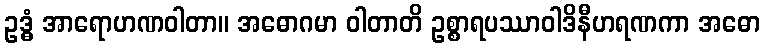
ဥဒ္ဓံ အာရောဟဏဝါတာ။ အဓောဂမာ ဝါတာတိ ဥစ္စာရပဿာဝါဒိနီဟရဏကာ အဓော